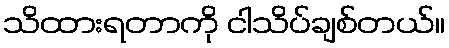
သိထားရတာကို ငါသိပ်ချစ်တယ်။